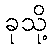
ခုသို့